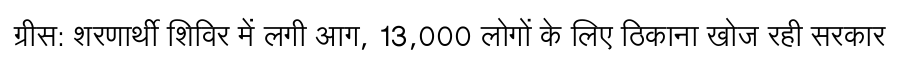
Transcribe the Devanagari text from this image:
ग्रीस: शरणार्थी शिविर में लगी आग, 13,000 लोगों के लिए ठिकाना खोज रही सरकार